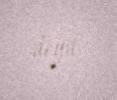
deyil.